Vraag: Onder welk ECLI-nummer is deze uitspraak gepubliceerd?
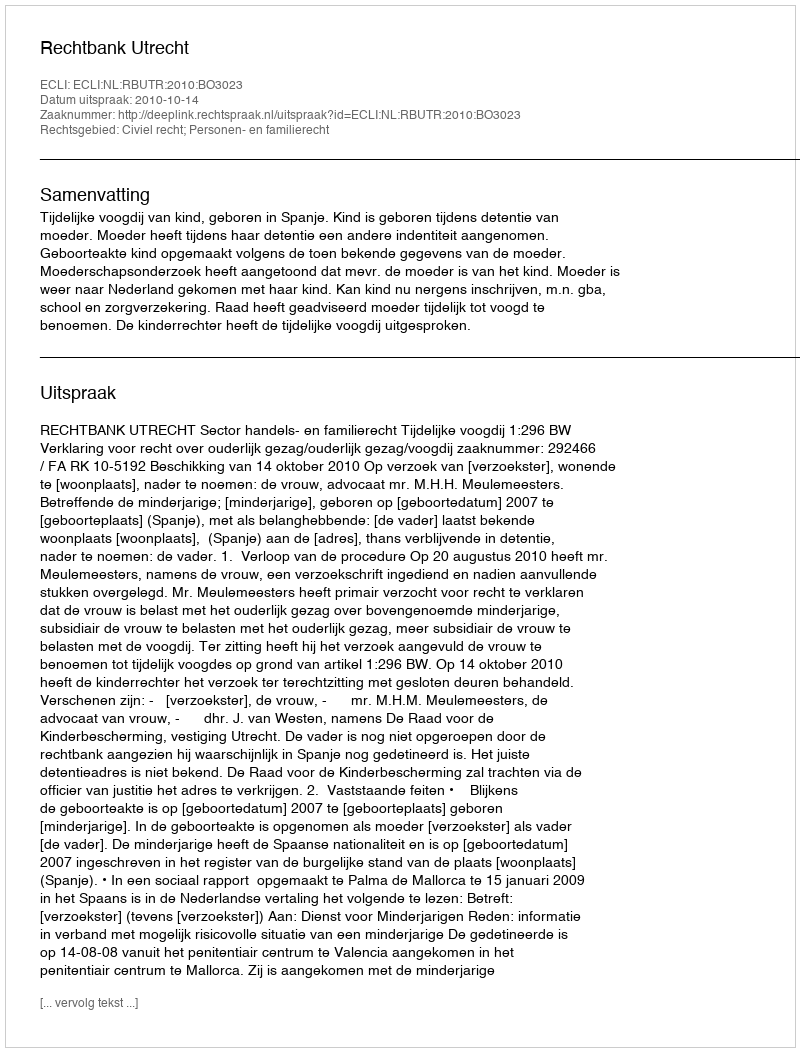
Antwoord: ECLI:NL:RBUTR:2010:BO3023